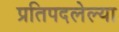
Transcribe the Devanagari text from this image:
प्रतिपदलेल्या